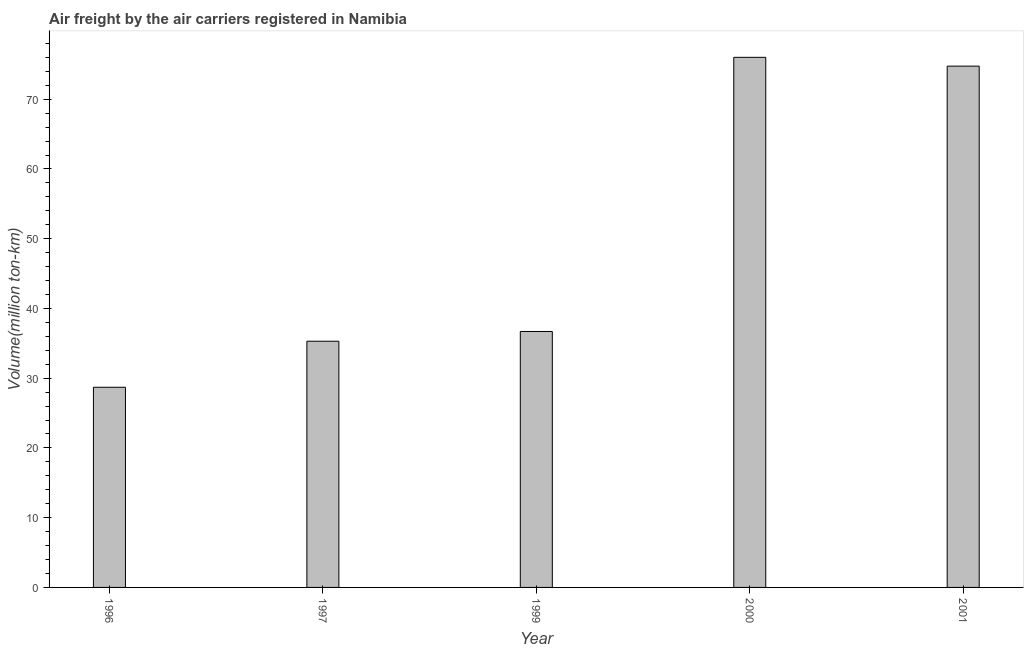
| Year | Air transport |
 | --- | --- |
 | 1996 | 28.7 |
 | 1997 | 35.3 |
 | 1999 | 36.7 |
 | 2000 | 76 |
 | 2001 | 74.7 |